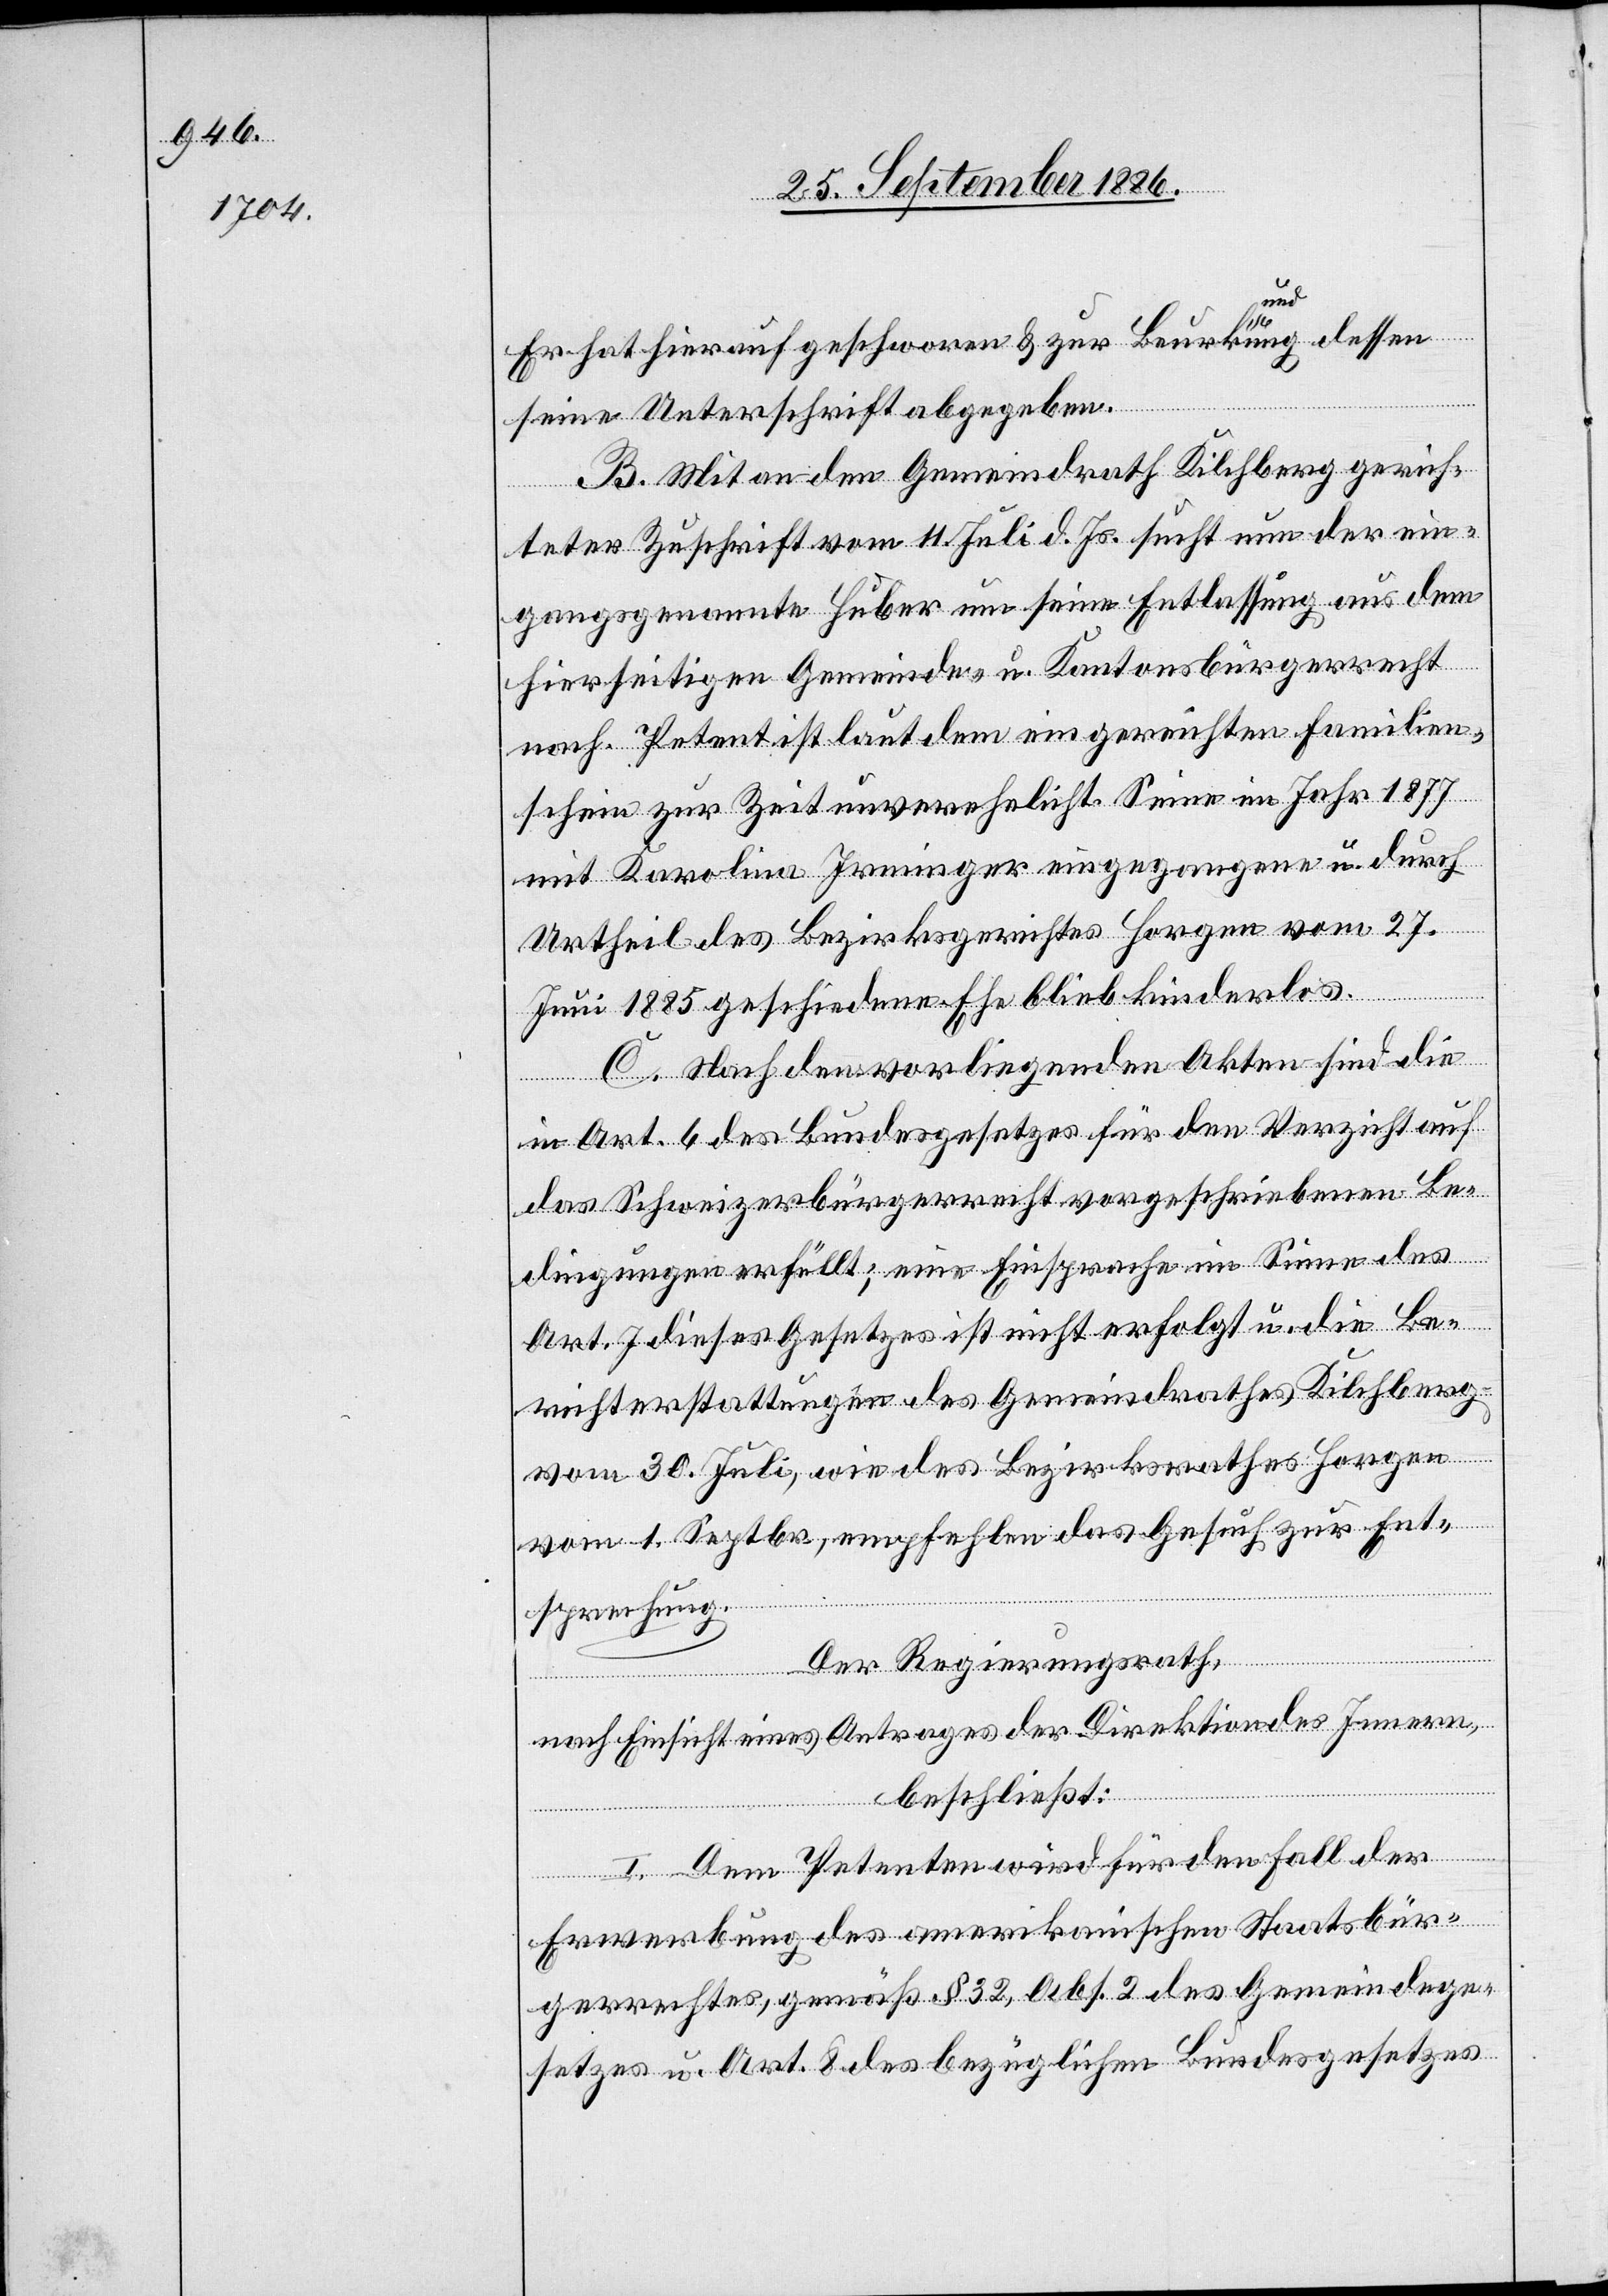
Er hat hierauf geschworen & zur Beurkundung dessen
seine Unterschrift abgegeben.
B. Mit an den Gemeindrath Kilchberg gerich¬
teter Zuschrift vom 11. Juli d. Js. sucht nun der ein¬
gangsgenannte Huber um seine Entlassung aus dem
hierseitigen Gemeinde- u. Kantonsbürgerrecht
nach. Petent ist laut dem eingereichten Familien¬
schein zur Zeit unverehelicht. Seine im Jahr 1877
mit Karolina Irminger eingegangene u. durch
Urtheil des Bezirksgerichtes Horgen vom 27.
Juni 1885 geschiedene Ehe blieb kinderlos.
C. Nach den vorliegenden Akten sind die
in Art. 6 des Bundesgesetzes für den Verzicht auf
das Schweizerbürgerrecht vorgeschriebenen Be¬
dingungen erfüllt; eine Einsprache im Sinne des
Art. 7 dieses Gesetzes ist nicht erfolgt u. die Be¬
richterstattungen des Gemeindrathes Kilchberg
vom 30. Juli, wie des Bezirksrathes Horgen
vom 1. Septbr., empfehlen das Gesuch zur Ent¬
sprechung.
Der Regierungsrath,
nach Einsicht eines Antrages der Direktion des Innern,
beschließt:
I. Dem Petenten wird für den Fall der
Erwerbung des amerikanischen Staatsbür¬
gerrechtes, gemäß § 32, Abs. 2 des Gemeindege¬
setzes u. Art. 8 des bezüglichen Bundesgesetzes